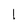
Character: l